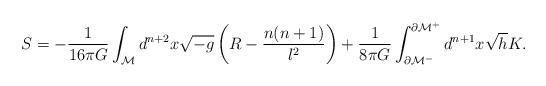
LaTeX: \begin{align*}S=-\frac{1}{16\pi G}\int_{\cal M}d^{n+2}x\sqrt{-g} \left (R-\frac{n(n+1)}{l^2}\right) +\frac{1}{8\pi G}\int^{\partial \cal M^+} _{\partial \cal M^-}d^{n+1}x\sqrt{h}K.\end{align*}